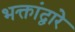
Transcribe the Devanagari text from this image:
भक्तांद्वारे